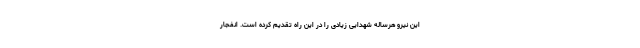
این نیرو هرساله شهدایی زیادی را در این راه تقدیم کرده است. انفجار